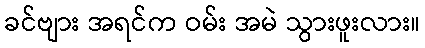
ခင်ဗျား အရင်က ဝမ်း အမဲ သွားဖူးလား။